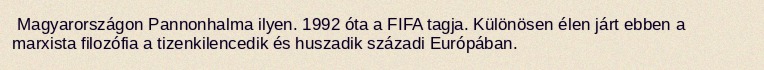
Magyarországon Pannonhalma ilyen. 1992 óta a FIFA tagja. Különösen élen járt ebben a marxista filozófia a tizenkilencedik és huszadik századi Európában.